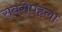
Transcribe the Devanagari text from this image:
सबसेपहला